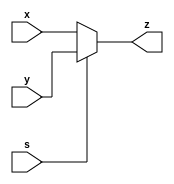
module mux2(x, y, s, z);
	input [31:0] x, y;
	input s;
	output [31:0] z;

	assign z = (s==1)?y:x;
endmodule

module mux2_3(x, y, s, z);
	input [2:0] x, y;
	input s;
	output [2:0] z;
	assign z = (s==1)?y:x;
endmodule

module mux2_1(x, y, s, z);
  input x, y;
	input s;
	output z;

	assign z = (s==1)?y:x;
endmodule

module mux2_2(x, y, s, z);
  	input [1:0] x, y;
	input s;
	output [1:0] z;

	assign z = (s==1)?y:x;
endmodule

module mux3_32(x, y, z, s, dout);
  input [31:0] x, y, z;
  input [1:0] s;
  output [31:0] dout;
  
  wire [31:0] temp;
  
  assign temp = (s[0:0] == 0)?x:y;
  assign dout = (s[1:1] == 0)?temp:z;
endmodule